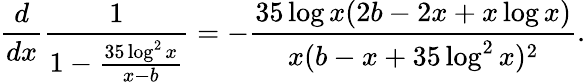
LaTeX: \frac{d}{dx}\frac{1}{1-\frac{35\log^{2}x}{x-b}}=-\frac{35\log x(2b-2x+x\log x)}{x(b-x+35\log^{2}x)^{2}}.